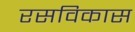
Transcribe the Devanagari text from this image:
रसविकास